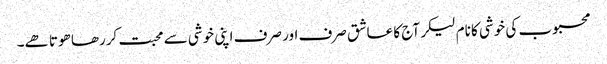
محبوب کی خوشی کا نام لیکر آج کا عاشق صرف اور صرف اپنی خوشی سے محبت کررھا ھوتا ھے۔